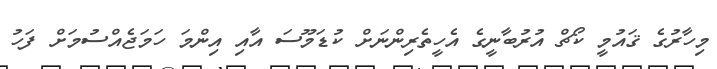
މިހާރުގެ ޤައުމީ ކޯޗް އުރުބާނީގެ އެހީތެރިންނަށް ކުޑަމޫސަ އާއި އިންމަ ހަމަޖެއްސުމަށް ފަހު